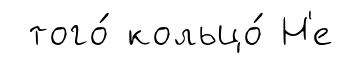
того́ кольцо́ Н'е